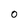
Character: 0